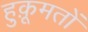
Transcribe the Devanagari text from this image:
हुक़ूमतों